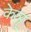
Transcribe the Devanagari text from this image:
केञ्